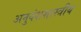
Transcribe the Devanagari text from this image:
अनुवंशशास्त्रीय